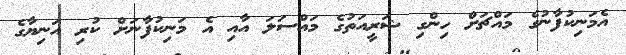
އެމަނިކުފާނުގެ މައްޗަށް ހިންގި ޝަރީއަތުގެ މައްސަލަ އާއި އެ މަނިކުފާނަށް ކުރި އަނިޔާގެ